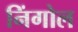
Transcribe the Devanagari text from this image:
निंगोल